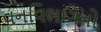
વનવિભાગનો